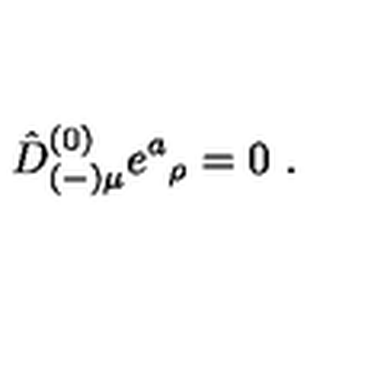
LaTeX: \hat { D } _ { ( - ) \mu } ^ { ( 0 ) } e ^ { a } { } _ { \rho } = 0 \ .